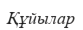
Құйылар